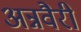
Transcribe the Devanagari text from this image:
अन्नवैरी